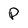
Character: P